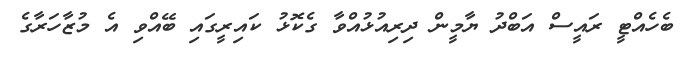
ބެހެއްޓީ ރައީސް އަބްދު ޔާމީން ދިރިއުޅުއްވާ ގެކޮޅު ކައިރީގައި ބޭއްވި އެ މުޒާހަރާގެ